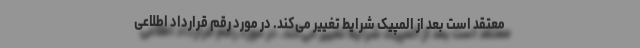
معتقد است بعد از المپیک شرایط تغییر می‌کند. در مورد رقم قرارداد اطلاعی